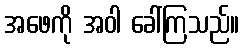
အဖေကို အဝါ ခေါ်ကြသည်။